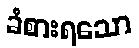
ခံစားရသော